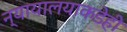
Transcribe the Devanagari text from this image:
न्यायालयाकडेही